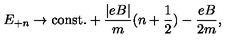
E _ { + n } \rightarrow \mathrm { c o n s t . } + \frac { | e B | } { m } ( n + { \frac { 1 } { 2 } } ) - \frac { e B } { 2 m } ,